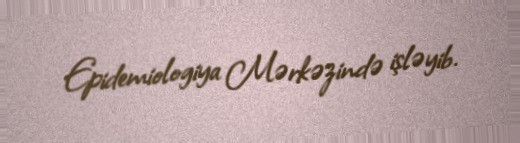
Epidemiologiya Mərkəzində işləyib.